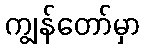
ကျွန်တော်မှာ